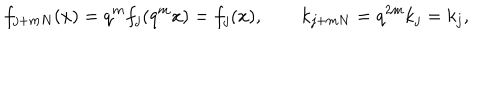
f _ { j + m N } ( x ) = q ^ { m } f _ { j } ( q ^ { m } x ) = f _ { j } ( x ) , \qquad k _ { j + m N } = q ^ { 2 m } k _ { j } = k _ { j } ,